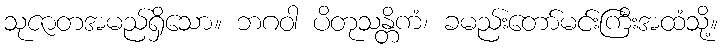
သုဇာတအမည်ရှိသော။ ဘဂဝါ ပိတုသန္တိကံ၊ ခမည်းတော်မင်းကြီးအထံသို့။